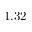
1 . 3 2